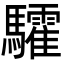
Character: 𩧏